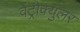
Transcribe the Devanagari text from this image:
वेंट्रीक्युलर